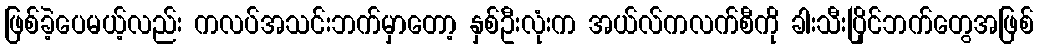
ဖြစ်ခဲ့ပေမယ့်လည်း ကလပ်အသင်းဘက်မှာတော့ နှစ်ဦးလုံးက အယ်လ်ကလက်စီကို ခါးသီးပြိုင်ဘက်တွေအဖြစ်